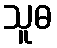
သူဓ